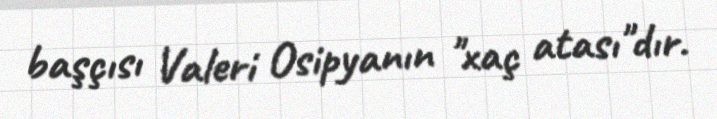
başçısı Valeri Osipyanın "xaç atası"dır.